Report of the Indian Hemp Drugs Commission, 1894-1895 - Volume VI
Year: 1894
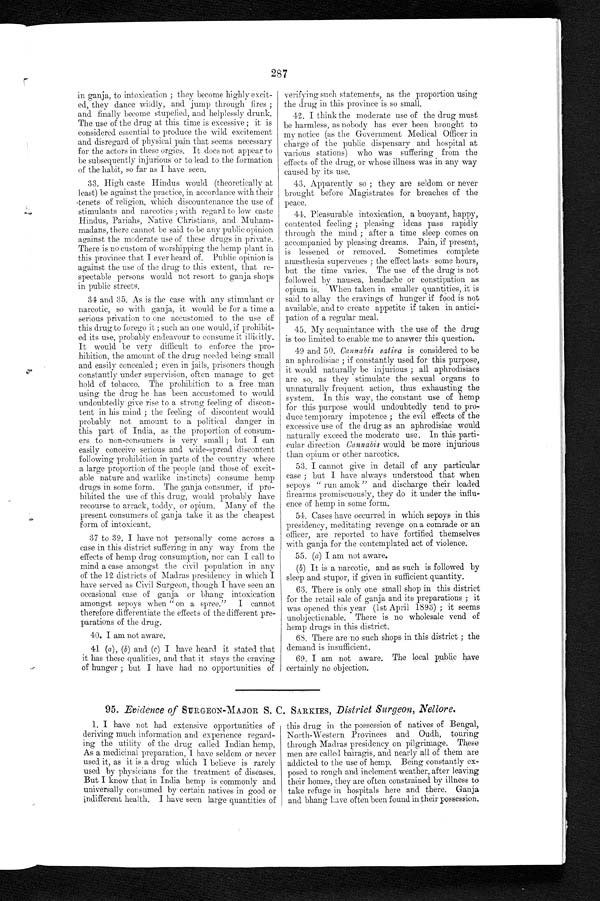
287
in ganja, to intoxication; they become highly excit–-
ed, they dance wildly, and jump through fires;
and finally become stupefied, and. helplessly drunk.
The use of the drug at this time is excessive; it is
considered essential to produce the wild excitement
and disregard of physical pain that seems necessary
for the actors in these orgies. It does not appear to
be subsequently injurious or to lead to the formation
of the habit, so far as I have seen.
33. High caste Hindus would. (theoretically at
least) be against the practice, in accordance with their
-tenets of religion, which discountenance the use of
stimulants and narcotics; with regard to low caste
Hindus, Pariahs, Native Christians, and Muham–-
madans, there cannot be said to be any public opinion
against the moderate use of these drugs in private.
There is no custom of worshipping the hemp plant in
this province that I ever heard of. Public opinion is
against the use of the drug to this extent, that re–-
spectable persons would not resort to ganja shops
in public streets.
34 and. 35. As is the case with any stimulant or
narcotic, so with ganja, it would be for a time a
serious privation to one accustomed to the use of
this drug to forego it; such an one would, if prohibit-
– e d i t s u s e , p r o b a b l y e n d e a v o u r t o c o n s u m e i t i l l i c i t l y .
It would be very difficult to enforce the pro–-
hibition, the amount of the drug needed being small
and. easily concealed; even in jails, prisoners though
constantly under supervision, often manage to get
hold of tobacco. The prohibition to a free man
using the drug he has been accustomed. to would.
undoubtedly give rise to a strong feeling of discon-
tent in his mind; the feeling of discontent would
probably not amount to a political danger in
this part of India, as the proportion of consum-
– e r s t o n o n – c o n s u m e r s i s v e r y s m a l l ; b u t I c a n
easily conceive serious and wide–spread discontent
following prohibition in parts of the country where
a large proportion of the people (and those of excit-
able nature and warlike instincts) consume hemp
drugs in some form. The ganja consumer, if pro-
hibited the use of this drug, would probably have
recourse to arrack, toddy, or opium. Many of the
present consumers of ganja take it as the cheapest
form of intoxicant.
37 to 39. I have not personally come across a
case in this district suffering in any way from the
effects of hemp drug consumption, nor can I call to
mind a case amongst the civil population in any
of the 12 districts of Madras presidency in which I
have served as Civil Surgeon, though I have seen an
occasional case of ganja or bhang intoxication
amongst sepoys when "on a spree". I cannot
therefore differentiate the effects of the different pre-
parations of the drug.
40.I am not aware.
41.(a) , (b) and (c) I have heard it stated that
it has these qualities, and that it stays the craving
of hunger; but I have had no opportunities of
verifying such statements, as the proportion using
the drug in this province is so small.
42.I think the moderate use of the drug must
be harmless, as nobody has ever been brought to
my notice (as the Government Medical Officer in
charge of the public dispensary and hospital at
various stations) who was suffering from the
effects of the drug, or whose illness was in any way
caused by its use.
43.Apparently so; they are seldom or never
brought before Magistrates for breaches of the
peace.
44.Pleasurable intoxication, a buoyant, happy,
contented feeling; pleasing ideas pass rapidly
through the mind; after a time sleep comes on
accompanied by pleasing dreams. Pain, if present,
is lessened or removed. Sometimes complete
anæsthesia supervenes; the effect lasts some hours,
but the time varies. The use of the drug is not
followed by nausea, headache or constipation as
opium is. When taken in smaller quantities, it is
said to allay the cravings of hunger if food is not
available, and to create appetite if taken in antici–-
pation of a regular meal.
45.My acquaintance with the use of the drug
is too limited to enable me to answer this question.
49 and 50. Cannabis sativa is considered to be
an aphrodisiac; if constantly used for this purpose,
it would naturally be injurious; all aphrodisiacs
are so, as they stimulate the sexual organs to
unnaturally frequent action, thus exhausting the
system. In this way, the constant use of hemp
for this purpose would undoubtedly tend to pro–-
duce temporary impotence; the evil effects of the
excessive use of the drug as an aphrodisiac would.
naturally exceed the moderate use. In this parti–-
cular direction Cannabis would be more injurious
than opium or other narcotics.
53.I cannot give in detail of any particular
case; but I have always understood that when
sepoys "run amok" and discharge their loaded.
firearms promiscuously, they do it under the influ-
ence of hemp in some form.
54.Cases have occurred in which sepoys in this
presidency, meditating revenge on a comrade or an
officer, are reported to have fortified themselves
with ganja for the contemplated act of violence.
55.(a) I am not aware.
(b) It is a narcotic, and as such is followed by
sleep and stupor, if given in sufficient quantity.
63. There is only one small shop in this district
for the retail sale of ganja and its preparations; it
was opened this year (1st April 1893); it seems
unobjectionable. There is no wholesale vend of
hemp drugs in this district.
68.There are no such shops in this district; the
demand is insufficient.
69.I am not aware, The local public have
certainly no objection.
95. Evidence of SURGEON-MAJOR S. C. SARKIES, District Surgeon, Nellore.
1 . I h a v e n o t h a d e x t e n s i v e o p p o r t u n i t i e s o f
deriving much information and. experience regard-
ing the utility of the drug called Indian hemp.
As a medicinal preparation, I have seldom or never
used it, as it is a drug which I believe is rarely
used by physicians for the treatment of diseases.
But I know that in India hemp is commonly and
universally consumed by certain natives in good or
indifferent health. I have seen large quantities of
this drug in the possession of natives of Bengal,
North-Western Provinces and Oudh, touring
through Madras presidency on pilgrimage. These
men are called bairagis, and nearly all of them are
addicted to the use of hemp. Being constantly ex–-
posed to rough and inclement weather, after leaving
their homes, they are often constrained by illness to
take refuge in hospitals here and there. Ganja
and bhang have often been found in their possession.